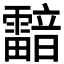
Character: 𩆢